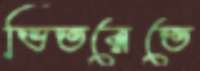
ভিতরেতে